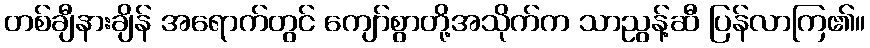
တစ်ချီနားချိန် အရောက်တွင် ကျော်စွာတို့အသိုက်က သာညွန့်ဆီ ပြန်လာကြ၏။